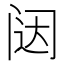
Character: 闼